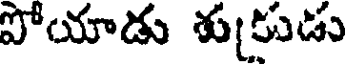
పోయాడు శుకుడు